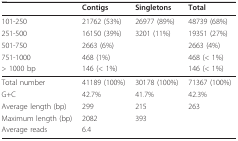
<table><thead><tr><td></td><td><b>Contigs</b></td><td><b>Singletons</b></td><td><b>Total</b></td></tr></thead><tbody><tr><td>101-250</td><td>21762 (53%)</td><td>26977 (89%)</td><td>48739 (68%)</td></tr><tr><td>251-500</td><td>16150 (39%)</td><td>3201 (11%)</td><td>19351 (27%)</td></tr><tr><td>501-750</td><td>2663 (6%)</td><td></td><td>2663 (4%)</td></tr><tr><td>751-1000</td><td>468 (1%)</td><td></td><td>468 (&lt; 1%)</td></tr><tr><td>&gt; 1000 bp</td><td>146 (&lt; 1%)</td><td></td><td>146 (&lt; 1%)</td></tr><tr><td>Total number</td><td>41189 (100%)</td><td>30178 (100%)</td><td>71367 (100%)</td></tr><tr><td>G+C</td><td>42.7%</td><td>41.7%</td><td>42.3%</td></tr><tr><td>Average length (bp)</td><td>299</td><td>215</td><td>263</td></tr><tr><td>Maximum length (bp)</td><td>2082</td><td>393</td><td></td></tr><tr><td>Average reads</td><td>6.4</td><td></td><td></td></tr></tbody></table>